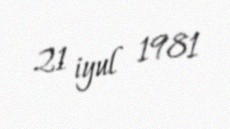
21 iyul 1981